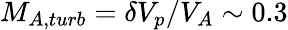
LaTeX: M_{A,turb}=\delta V_{p}/V_{A}\sim 0.3